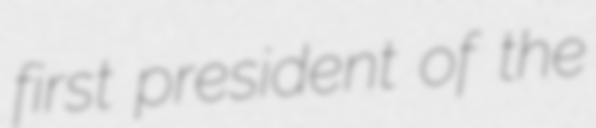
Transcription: first president of the